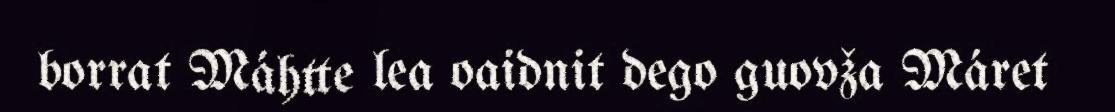
borrat Máhtte lea oaidnit dego guovža Máret